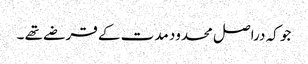
جو کہ دراصل محدود مدت کے قرضے تھے ۔